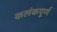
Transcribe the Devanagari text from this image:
कलंकपूर्ण